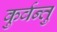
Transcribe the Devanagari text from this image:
कुर्वन्तु